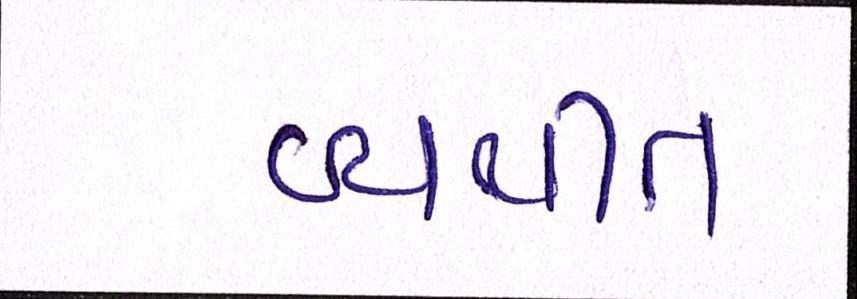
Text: વ્યથીત